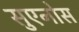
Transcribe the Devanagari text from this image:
सुएनोस